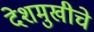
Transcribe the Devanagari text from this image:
देशमुखीचे